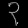
Digit: ၃